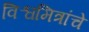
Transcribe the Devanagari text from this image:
विश्वमित्रांचे